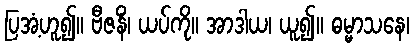
ပြအံ့ဟူ၍။ ဗီဇနိံ၊ ယပ်ကို။ အာဒါယ၊ ယူ၍။ ဓမ္မာသနေ၊